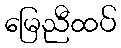
မြေညီထပ်